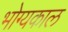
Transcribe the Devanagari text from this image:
भोग्यकाल